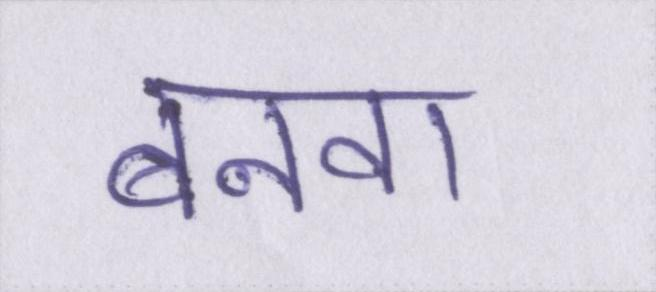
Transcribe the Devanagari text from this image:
बनवा